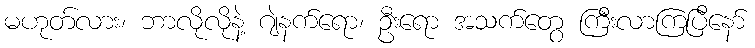
မဟုတ်လား၊ ဘာလိုလိုနဲ့ ဂျဲနက်ရော၊ ဦးရော အသက်တွေ ကြီးလာကြပြီနော်